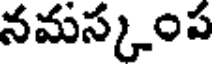
నమస్కంప